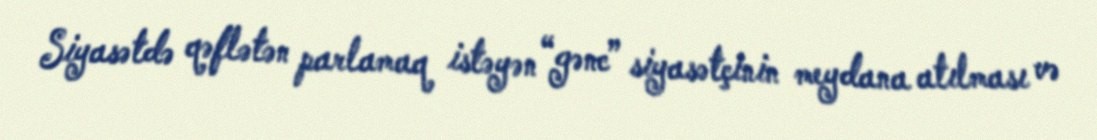
Siyasətdə qəflətən parlamaq istəyən “gənc” siyasətçinin meydana atılması və